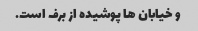
و خیابان ها پوشیده از برف است.